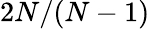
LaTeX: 2N/(N-1)